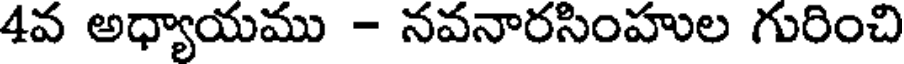
4వ అధ్యాయము - నవనారసింహుల గురించి